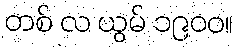
တစ် လ ယွမ် ၁၉၀၀။